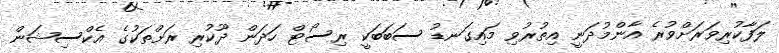
ލަފާކުރިވަަރަށްވުރެ އާންމުދަނީ އިތުރުވި މައިގަނޑު ސަބަބަކީ ރިސޯޓް ހަދަން ދޫކުރި ރަށްތަކުގެ އެކްސިޝަން